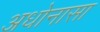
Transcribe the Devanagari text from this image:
अधोनासा